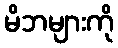
မိဘများကို